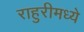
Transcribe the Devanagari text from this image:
राहुरीमध्ये